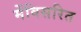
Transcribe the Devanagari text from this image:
मेंविसरित